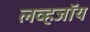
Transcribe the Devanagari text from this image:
लव्हजॉय